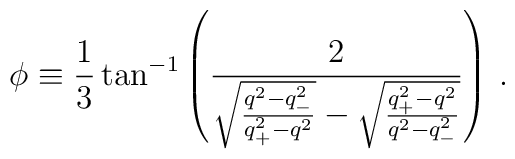
\phi\equiv\frac{1}{3}\tan^{-1}\left(\frac{2}{\sqrt{\frac{q^2-q_-^2}{q_+^2-q^2}}-\sqrt{\frac{q_+^2-q^2}{q^2-q_-^2}}}\right)\,.